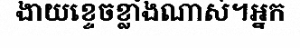
ងាយខ្ទេចខ្លាំងណាស់។អ្នក